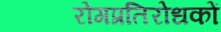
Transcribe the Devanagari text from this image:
रोगप्रतिरोधकों